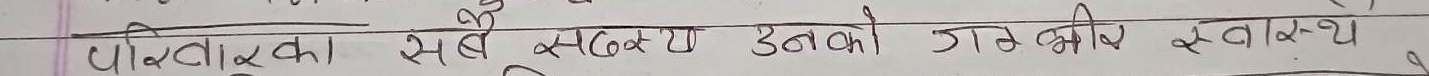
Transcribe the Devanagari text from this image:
परिवारका सबै सदस्य उनको गम्भीर स्वास्थ्य